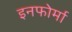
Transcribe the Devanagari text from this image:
इनफोर्मा